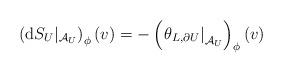
LaTeX: \begin{align*}\left(\mathrm{d}S_{U}\vert_{{\cal A}_U}\right)_\phi(v)=-\left(\left.\theta_{L,\partial U}\right\vert_{{\cal A}_U}\right)_\phi(v)\end{align*}